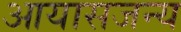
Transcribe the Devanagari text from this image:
आयासजन्य